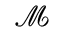
\mathcal M